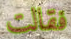
فقالت